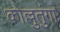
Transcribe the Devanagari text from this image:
कोल्लुतुंगा